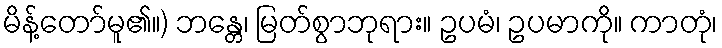
မိန့်တော်မူ၏။) ဘန္တေ၊ မြတ်စွာဘုရား။ ဥပမံ၊ ဥပမာကို။ ကာတုံ၊